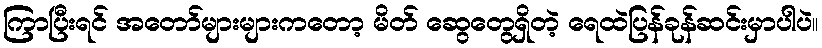
ကြာပြီးရင် အတော်များများကတော့ မိတ် ဆွေတွေရှိတဲ့ ရေထဲပြန်ခုန်ဆင်းမှာပါပဲ။